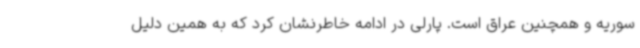
سوریه و همچنین عراق است. پارلی در ادامه خاطرنشان کرد که به همین دلیل